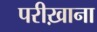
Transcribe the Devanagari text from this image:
परीख़ाना